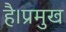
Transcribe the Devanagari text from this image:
है।प्रमुख